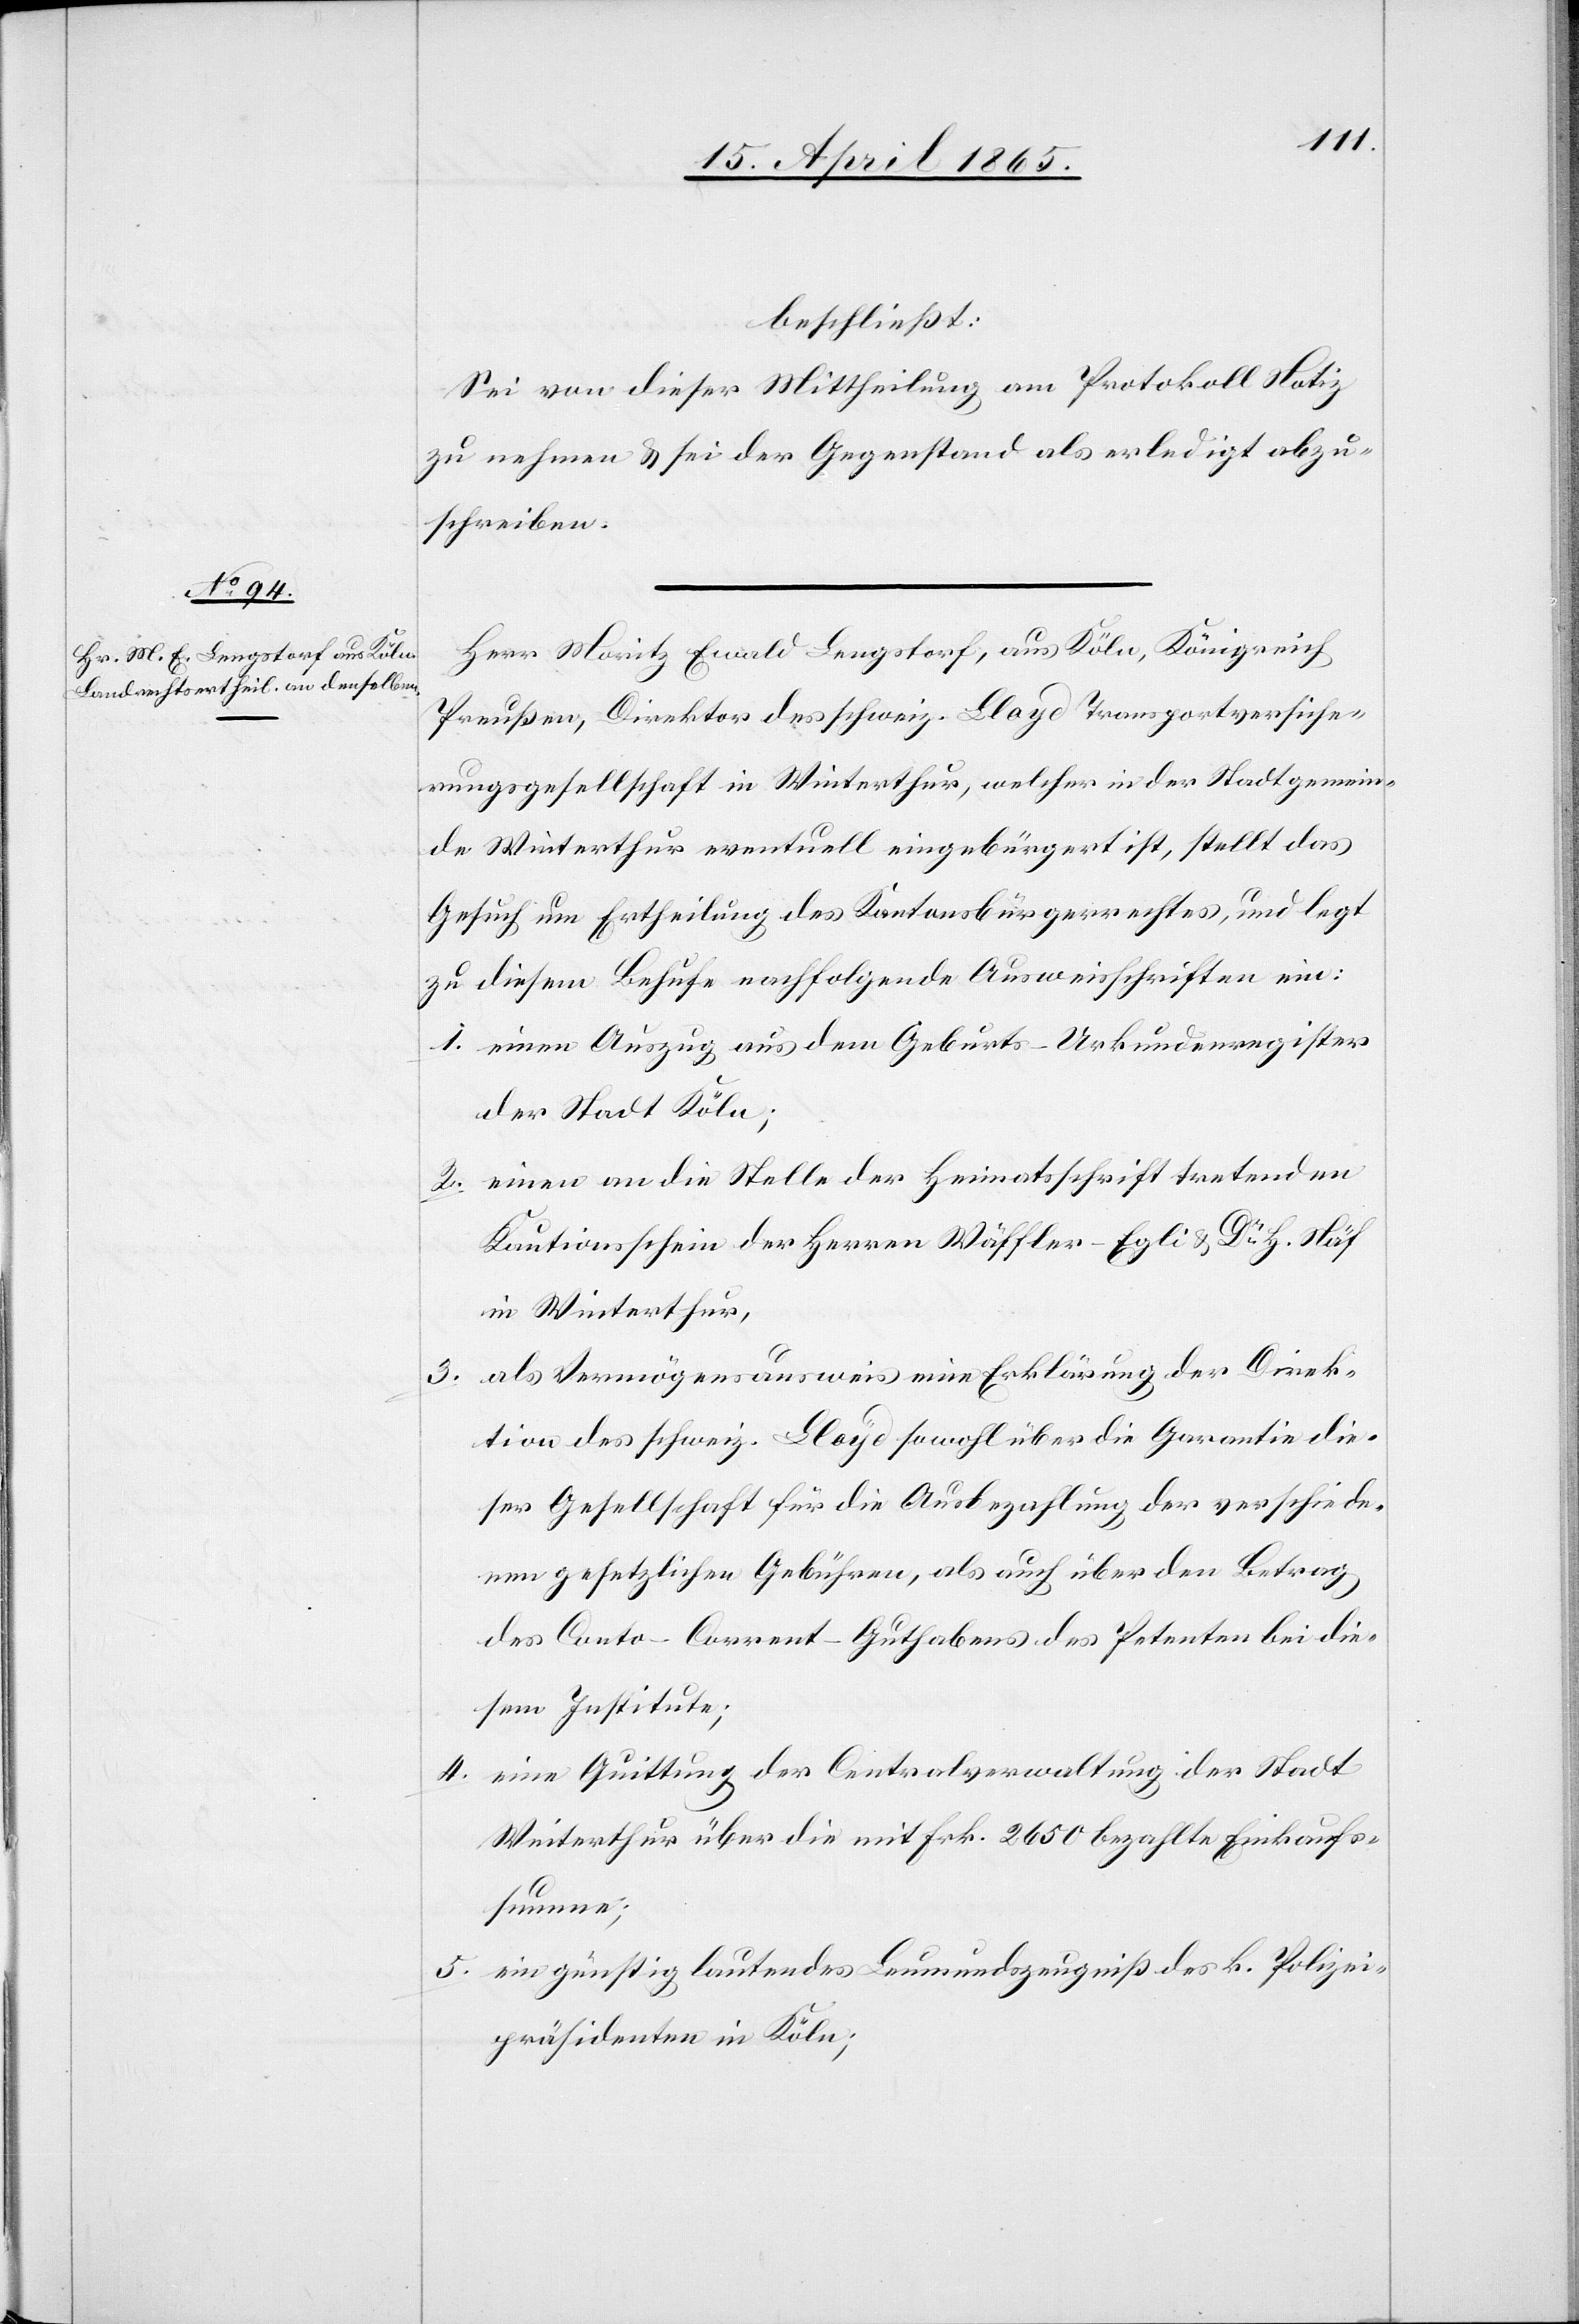
beschließt:
Sei von dieser Mittheilung am Protokoll Notiz
zu nehmen & sei der Gegenstand als erledigt abzu¬
schreiben.
Herr Moritz Ewald Lengstorf, aus Köln, Königreich
Preußen, Direktor des [sic!] schweiz. Lloyd Transportversiche¬
rungsgesellschaft in Winterthur, welcher in der Stadtgemein¬
de Winterthur eventuell eingebürgert ist, stellt das
Gesuch um Ertheilung des Kantonsbürgerrechtes, und legt
zu diesem Behufe nachfolgende Ausweisschriften ein:
1. einen Auszug aus dem Geburts-Urkundenregister
der Stadt Köln;
2. einen an die Stelle der Heimatsschrift tretenden
Kautionsschein der Herren Wäffler-Egli & Dr H. Näf
in Winterthur,
3. als Vermögensausweis eine Erklärung der Direk¬
tion des schweiz. Lloyd sowohl über die Garantie die¬
ser Gesellschaft für die Ausbezahlung der verschiede¬
nen gesetzlichen Gebühren, als auch über den Betrag
des Conto-Corrent-Guthabens des Petenten bei die¬
sem Institute;
eine Quittung der Centralverwaltung der Stadt
4.
Winterthur über die mit Frk. 2650 bezahlte Einkaufs¬
summe;
ein günstig lautendes Leumundszeugniß des k. Polizei¬
5.
präsidenten in Köln;